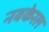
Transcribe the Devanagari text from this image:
नवकेरल